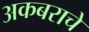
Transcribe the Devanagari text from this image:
अकबराचे